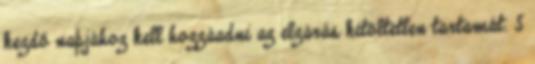
kezdő napjához kell hozzáadni az elzárás kitöltetlen tartamát. 5